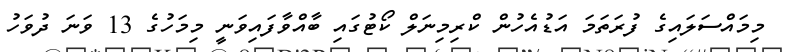
މިމައްސަލައިގެ ފުރަތަމަ އަޑުއެހުން ކްރިމިނަލް ކޯޓުގައި ބާއްވާފައިވަނީ މިމަހުގެ 13 ވަނަ ދުވަހު